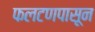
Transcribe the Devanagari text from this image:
फलटणपासून